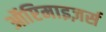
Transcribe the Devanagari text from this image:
ऑप्टिमाइज़र्स